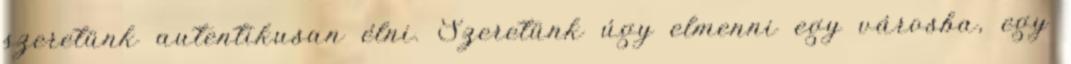
szeretünk autentikusan élni. Szeretünk úgy elmenni egy városba, egy